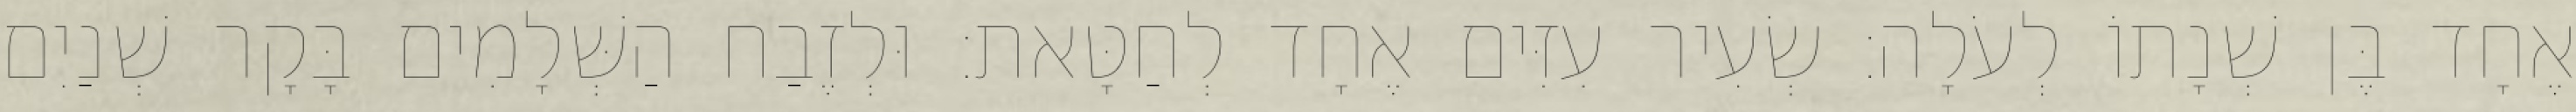
אֶחָד בֶּן שְׁנָתוֹ לְעֹלָה׃ שְׂעִיר עִזִּים אֶחָד לְחַטָּאת׃ וּלְזֶבַח הַשְּׁלָמִים בָּקָר שְׁנַיִם